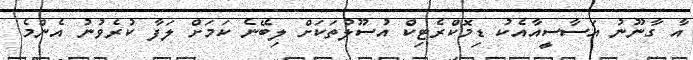
އާ ގާނޫނު އަސާސީއާއެކު ޑިމޮކްރެޓިކް އުސޫލުތަކަށް ލިބޭނެ ކަމަށް ލަފާ ކުރެވުނު އެންމެ